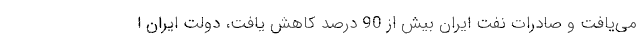
می‌یافت و صادرات نفت ایران بیش از 90 درصد کاهش یافت، دولت ایران ا